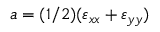
a = ( 1 / 2 ) ( \varepsilon _ { x x } + \varepsilon _ { y y } )